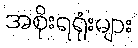
အစိုးရရုံးများ